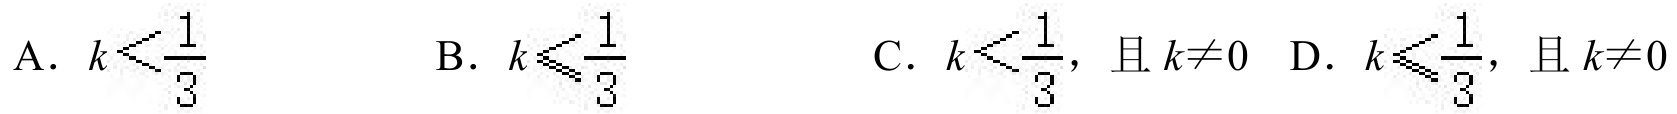
A．\(k<\frac{1}{3}\)  B．\(k\leqslant\frac{1}{3}\)  C．\(k<\frac{1}{3}\)，且\(k\neq0\)  D．\(k\leqslant\frac{1}{3}\)，且\(k\neq0\)